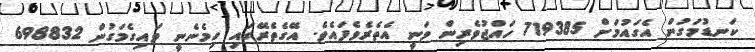
ކަނޑުމަގުން އެގައުމަށް 719385 ހައްޖުވެރިން ވަނީ އެތެރެވެފައެވެ. އޭގެތެރޭގައި ހިމެނެނީ ވައިގެމަގުން 698832